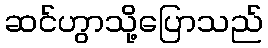
ဆင်ဟွာသို့ပြောသည်